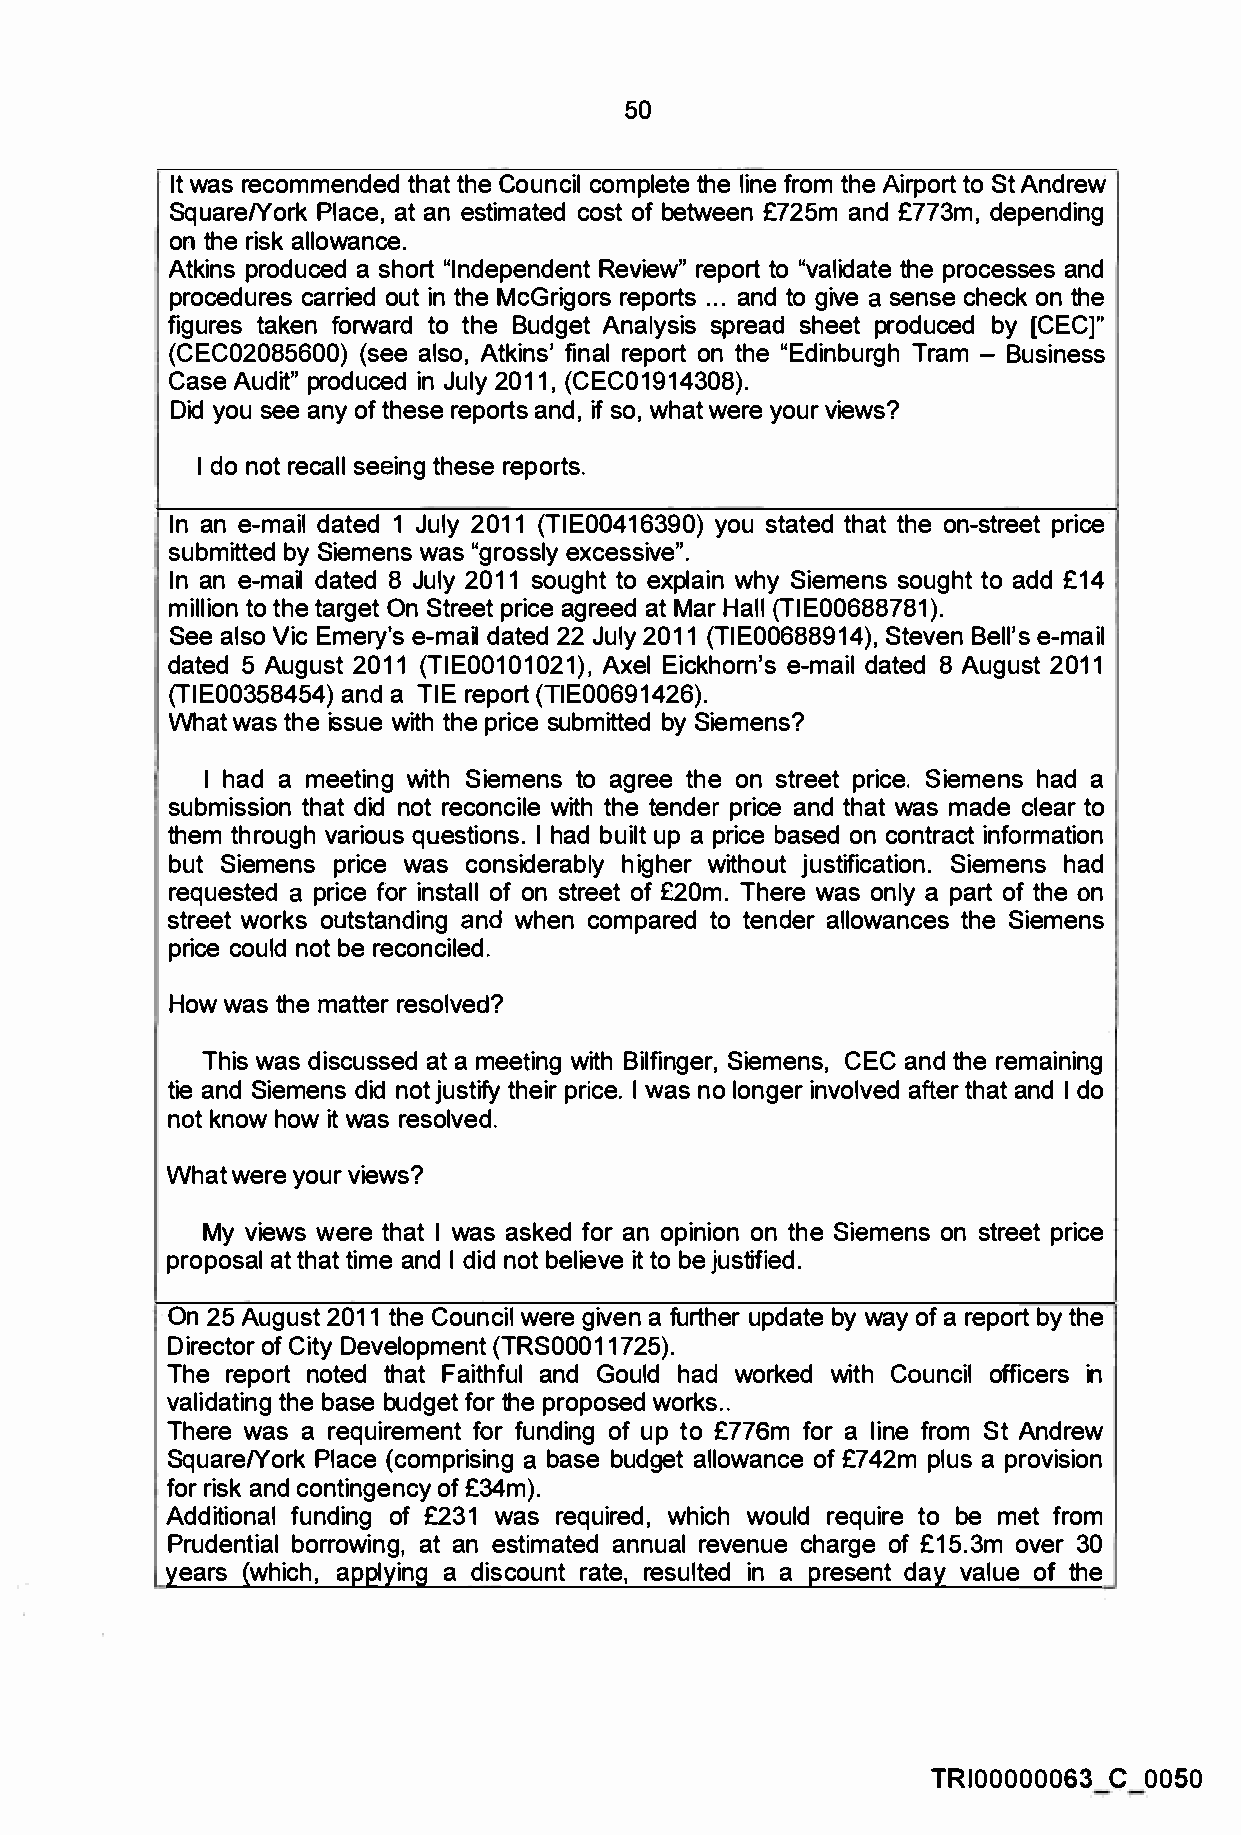
50
 It was recommended that the Council complete the line from the Airport to St Andrew
 Square/York Place, at an estimated cost of between £725m and £773m, depending
 on the risk allowance.
 Atkins produced a short "Independent Review" report to "validate the processes and
 procedures carried out in the McGrigors reports ... and to give a sense check on the
 figures taken forward to the Budget Analysis spread sheet produced by [CEC]"
 (CEC02085600) (see also, Atkins' final report on the "Edinburgh Tram - Business
 Case Audit" produced in July 2011, (CEC01914308).
 Did you see any of these reports and, if so, what were your views?
 I do not recall seeing these reports.
 In an e-mail dated 1 July 2011 (TIE00416390) you stated that the on-street price
 submitted by Siemens was "grossly excessive".
 In an e-mail dated 8 July 2011 sought to explain why Siemens sought to add £14
 million to the target On Street price agreed at Mar Hall (TIE00688781).
 See also Vic Emery's e-mail dated 22 July 2011 (TIE00688914), Steven Bell's e-mail
 dated 5 August 2011 (TIE00101021), Axel Eickhorn's e-mail dated 8 August 2011
 (TIE00358454) and a TIE report (TIE00691426).
 What was the issue with the price submitted by Siemens?
 I had a meeting with Siemens to agree the on street price. Siemens had a
 submission that did not reconcile with the tender price and that was made clear to
 them through various questions. I had built up a price based on contract information
 but Siemens price was considerably higher without justification. Siemens had
 requested a price for install of on street of £20m. There was only a part of the on
 street works outstanding and when compared to tender allowances the Siemens
 price could not be reconciled.
 How was the matter resolved?
 This was discussed at a meeting with Bilfinger, Siemens, CEC and the remaining
 tie and Siemens did not justify their price. I was no longer involved after that and I do
 not know how it was resolved.
 What were your views?
 My views were that I was asked for an opinion on the Siemens on street price
 proposal at that time and I did not believe it to be justified.
 On 25 August 2011 the Council were given a further update by way of a report by the
 Director of City Development (TRS00011725).
 The report noted that Faithful and Gould had worked with Council officers in
 validating the base budget for the proposed works ..
 There was a requirement for funding of up to £776m for a line from St Andrew
 Square/York Place (comprising a base budget allowance of £742m plus a provision
 for risk and contingency of £34m).
 Additional funding of £231 was required, which would require to be met from
 Prudential borrowing, at an estimated annual revenue charge of £15.3m over 30
 years (which, applying a discount rate, resulted in a present day value of the
 TRI00000063 C 0050